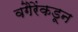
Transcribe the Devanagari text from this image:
वगैरेंकडून